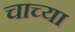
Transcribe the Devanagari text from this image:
चाच्या